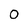
Character: O